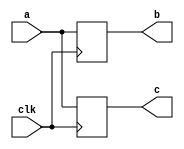
module blocking1(clk, a,b,c);
    output [3:0] b,c;
    input [3:0] a;
    input clk;
    reg [3:0] b,c;
  
    always @(posedge clk) begin
        b = a;
        c = b;
        $display("Blocking1: a = %d, b = %d, c = %d.",a,b,c);
    end
endmodule